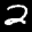
Label: 2